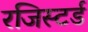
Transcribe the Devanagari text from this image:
रजिस्‍टर्ड